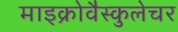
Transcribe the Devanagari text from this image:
माइक्रोवैस्कुलेचर